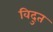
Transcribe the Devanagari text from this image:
विदुत